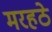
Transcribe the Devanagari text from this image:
मरहठे